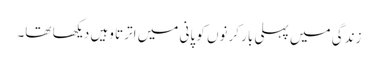
زندگی میں پہلی بار کرنوں کو پانی میں اترتا وہیں دیکھا تھا۔